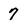
Character: 7